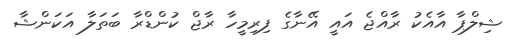
ޝިލްޕާ އާއެކު ރާއްޖެ އައީ އޭނާގެ ފިރިމީހާ ރާޖް ކުންޑްރާ ބަތަލާ އަކަންޝާ